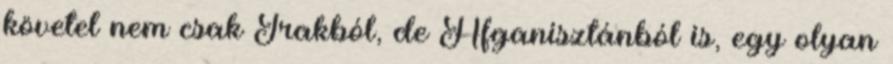
követel nem csak Irakból, de Afganisztánból is, egy olyan